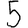
Digit: 5